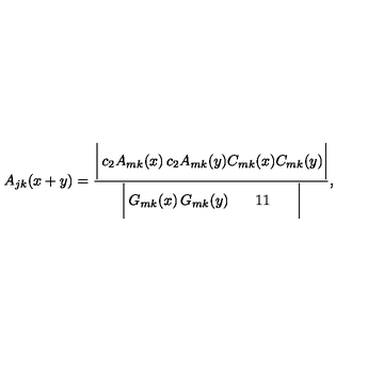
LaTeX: A _ { j k } ( x + y ) = { \frac { \biggl | \begin{matrix} { c _ { 2 } A _ { m k } ( x ) } & { c _ { 2 } A _ { m k } ( y ) } \\ { C _ { m k } ( x ) } & { C _ { m k } ( y ) } \\ \end{matrix} \biggr | } { \biggl | \begin{matrix} { G _ { m k } ( x ) } & { G _ { m k } ( y ) } \\ { 1 } & { 1 } \\ \end{matrix} \biggr | } } ,